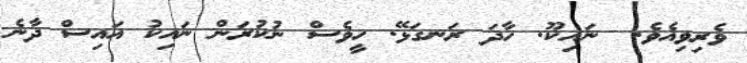
ވެރިވިއެވެ.  ނައިކޫ. ހާދަ ރަނގަޅޭ. ހީވެސް ނުކުރަން ނައިކު އައިސް ދާނެ